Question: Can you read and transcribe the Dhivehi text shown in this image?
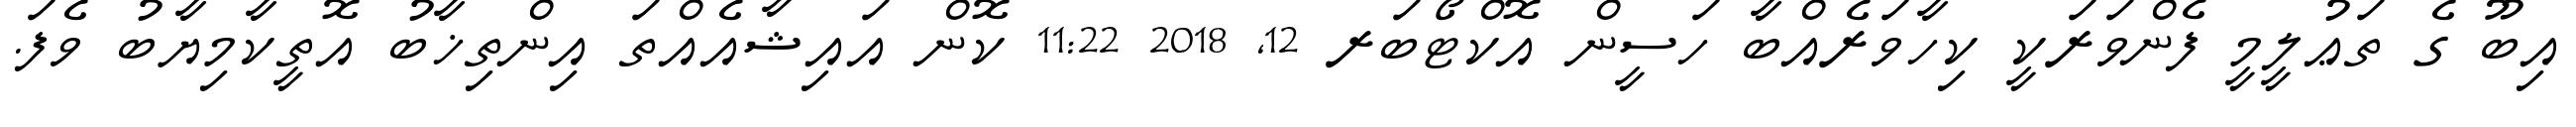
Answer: އިބޫ ގެ ތަޢުލީމީ ފެންވަރަކީ ކިހާވަރެއްބާ ހަސީން އޮކްޓޯބަރ 12, 2018 11:22 ކޮން އައިޝާއެއްތަ އިންތިޚާބު އޮތީކާމިޔާބު ވެފަ.